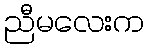
ညီမလေးက